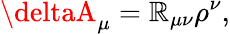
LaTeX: \deltaA_{\mu}=\mathbb{R}_{\mu\nu}\rho^{\nu},